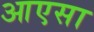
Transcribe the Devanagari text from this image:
आएसा